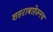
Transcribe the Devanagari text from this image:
शहराबाहेरुनच